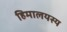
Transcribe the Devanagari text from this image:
हिमालयस्य